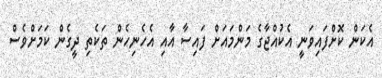
އެކަން ކޮށްފައިވަނީ އެކުއްޖާގެ މަންމައަށް ފައިސާ އާއި އެހެނިހެން ތަކެތި ދީގެން ކަމަށްވެސް